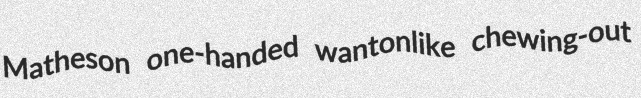
Matheson one-handed wantonlike chewing-out